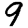
Digit: 9